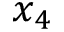
x _ { 4 }